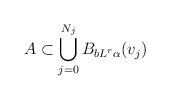
LaTeX: \begin{align*}A\subset\bigcup_{j=0}^{N_j}B_{bL^r\alpha}(v_j)\end{align*}